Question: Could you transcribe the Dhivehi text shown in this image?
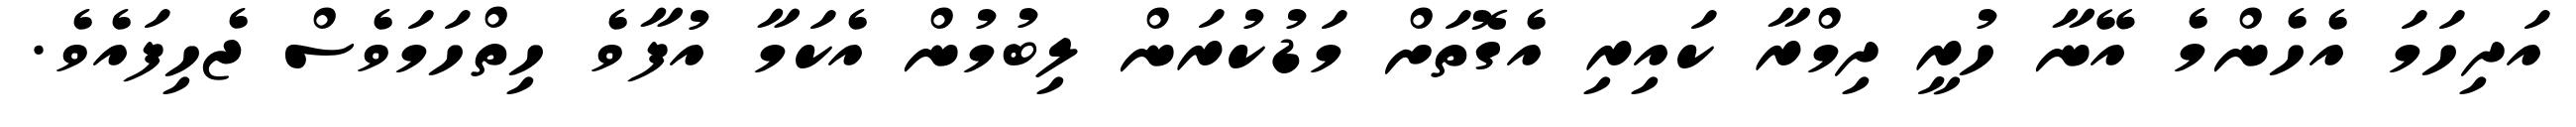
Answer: އަދިހަމަ އެހެންމެ އޭނާ ހުރީ ދިމްރާ ކައިރި އެގޮތަށް މަޑުކުރަން ލިބުމުން އެކަމާ އުފާވެ ހިތްހަމަވެސް ޖެހިފައެވެ.